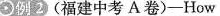
例 2 (福建中考 A卷)一How